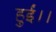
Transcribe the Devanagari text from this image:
हुईं।।